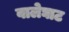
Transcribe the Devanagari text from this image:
वालेघाट